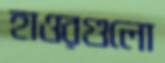
হাওরগুলো